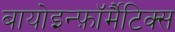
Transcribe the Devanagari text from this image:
बायोइन्फ़ॉर्मैटिक्स